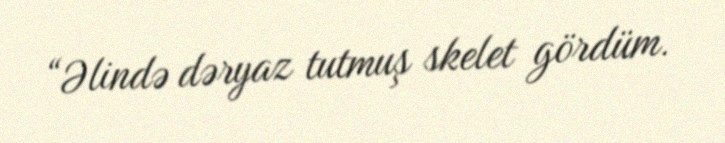
“Əlində dəryaz tutmuş skelet gördüm.